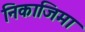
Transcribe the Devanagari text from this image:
निकाजिमा